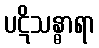
ပဋိသန္ဓာရာ